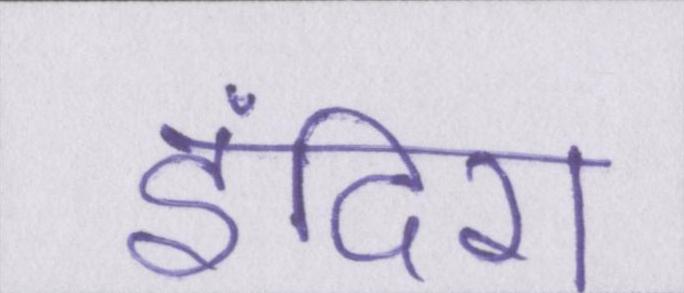
इंदिरा